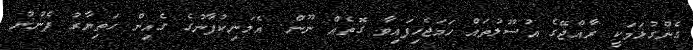
ގެންގުޅަމަކީ ރާއްޖޭގެ އުސޫލުތައް ހަމަޖެހިފައިވާ ގޮތެއް ނޫން. އެމަނިކުފާނުގެ ގެއިން ހަތިޔާރު ފެނުނު